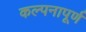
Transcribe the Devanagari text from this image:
कल्‍पनापूर्ण